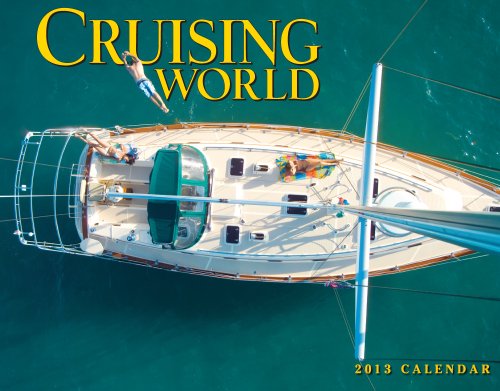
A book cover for Cruising World 2013 Calendar; Bonnier Corp.; Calendars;